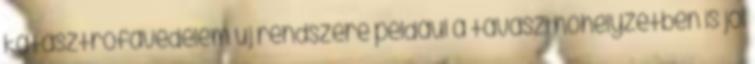
katasztrófavédelem új rendszere például a tavaszi hóhelyzetben is jól